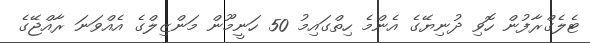
ޓެލެގްރާފުން ހޮވި ދުނިޔޭގެ އެންމެ ހިތްގައިމު 50 ހަނީމޫން މަންޒިލްގެ އެއްވަނަ ރާއްޖޭގެ